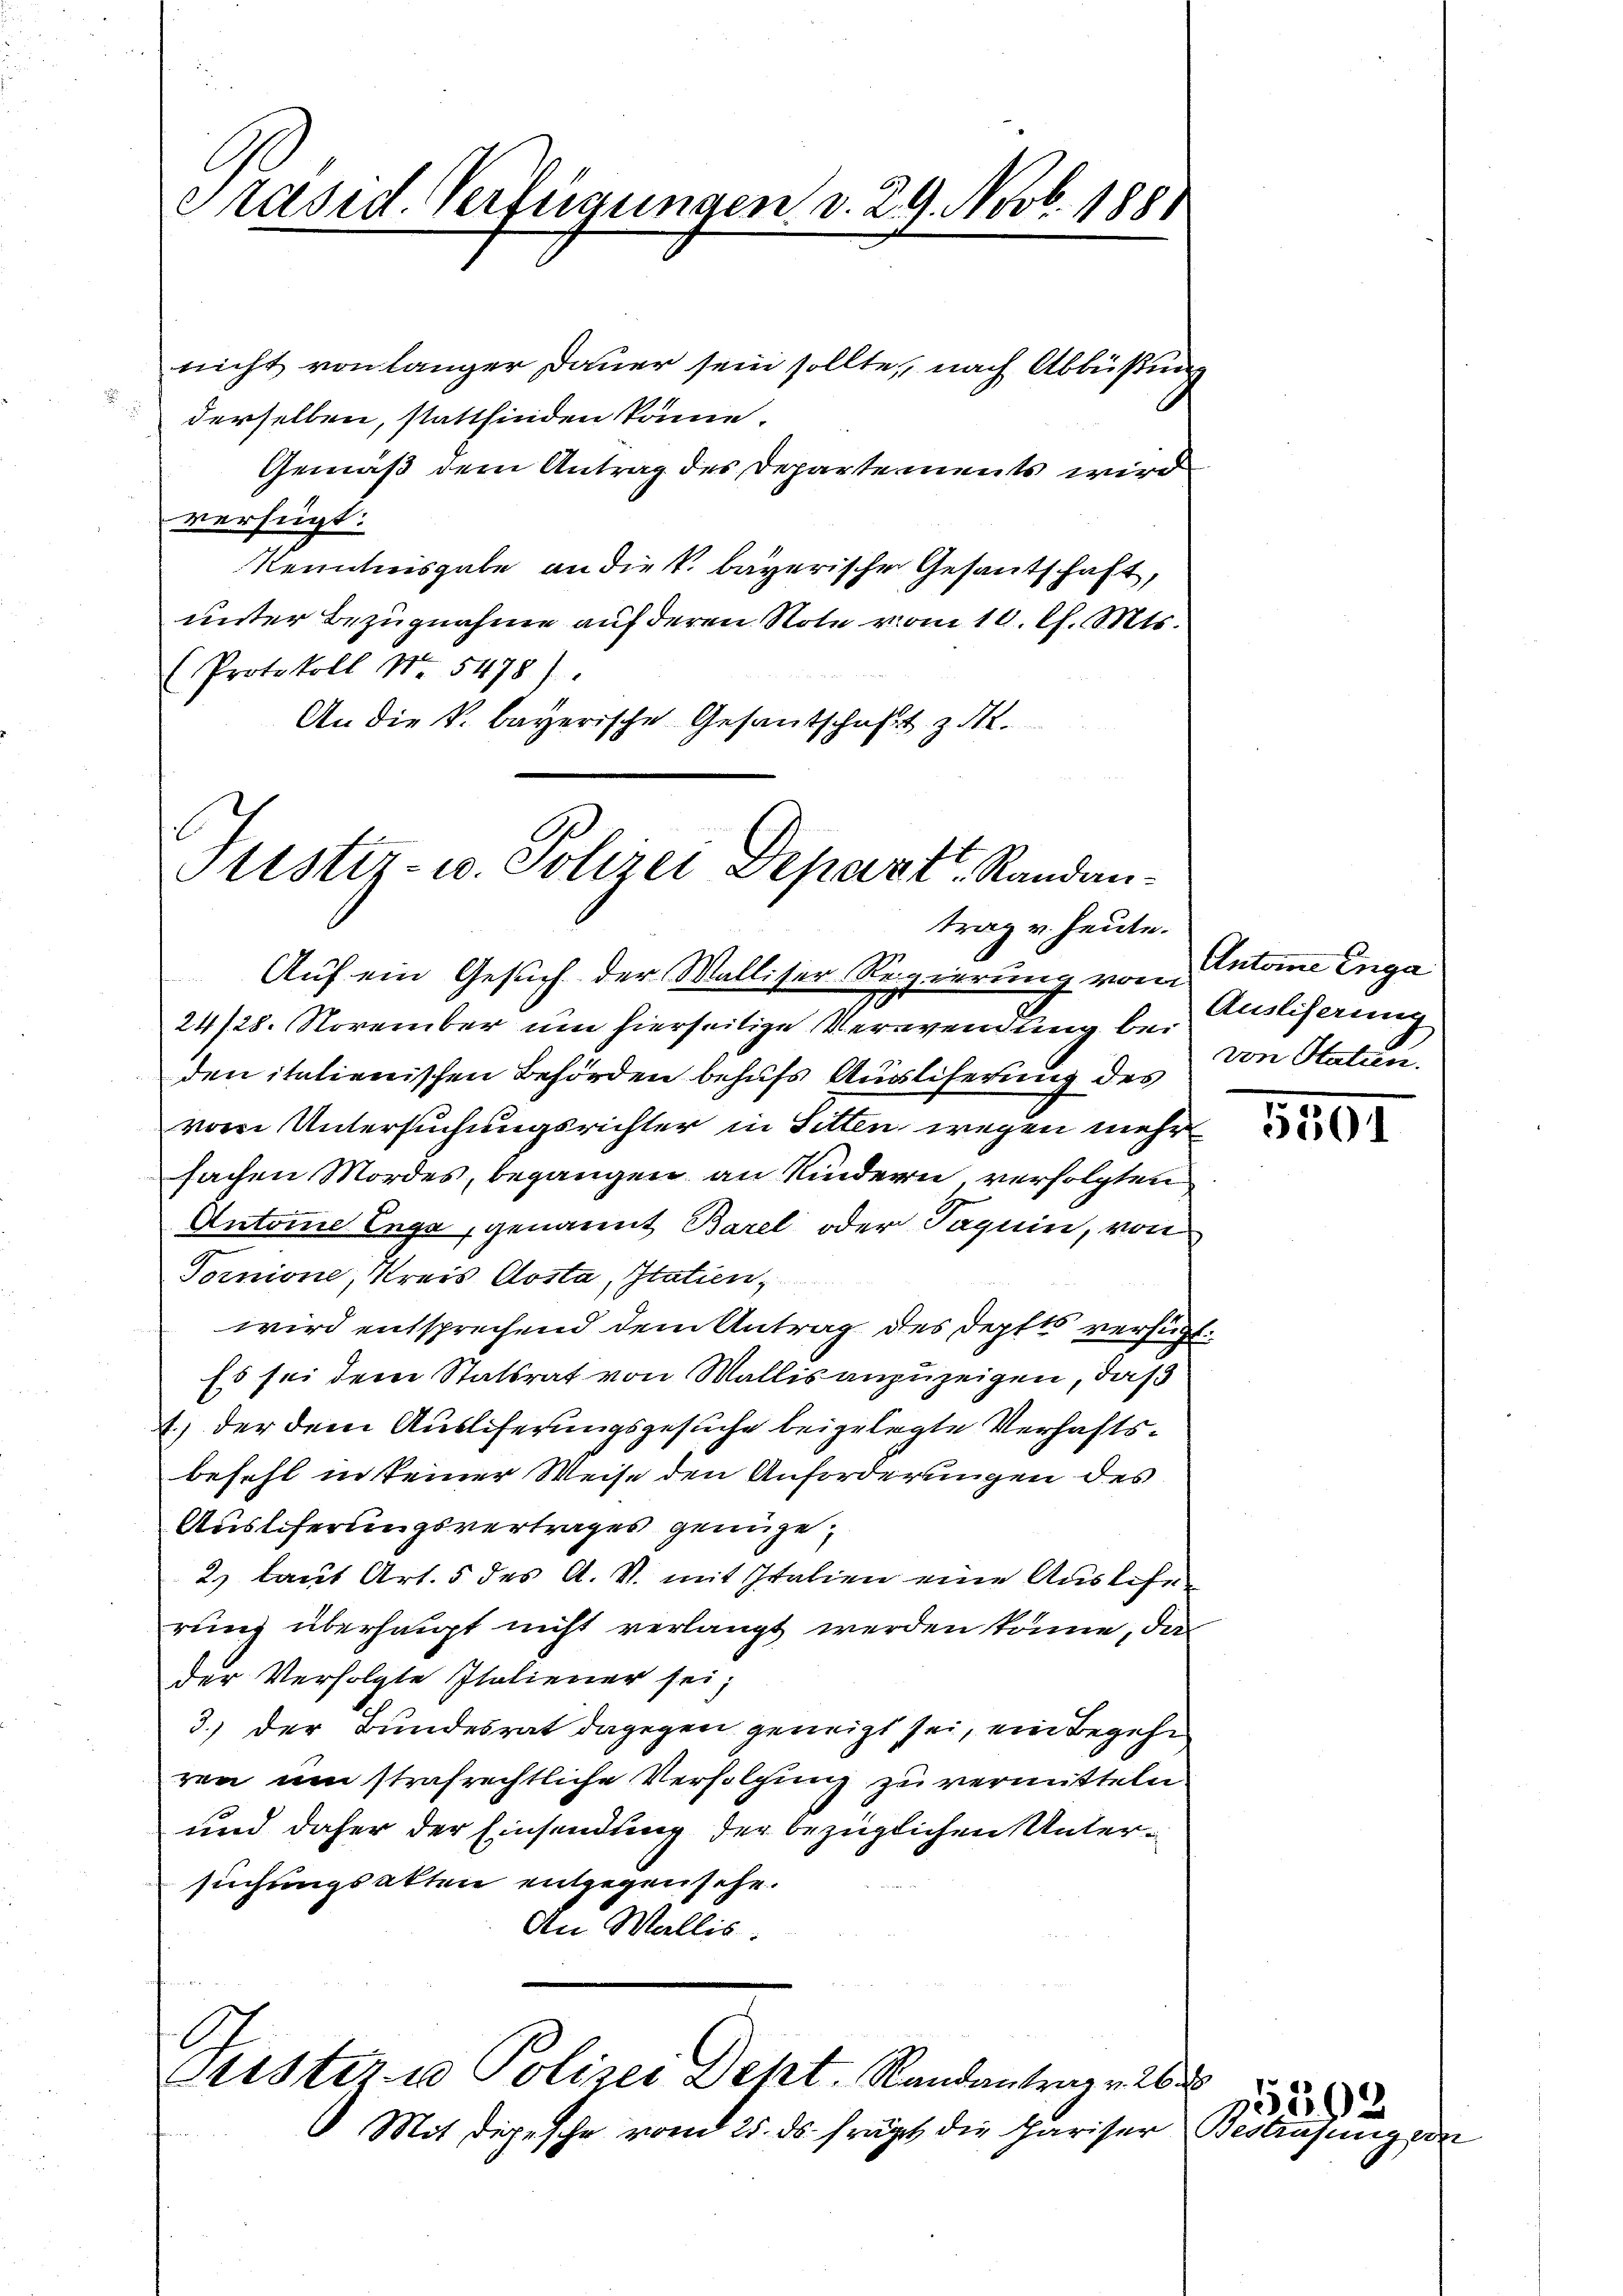
Präsid. Verfügungen v. 29. Novb. 1881

nicht von länger Dauer sein sollte, nach Abbüßung
derselben, stattfinden könne.
Gemäß dem Antrag des Departements wird
verfügt:
Kenntnisgabe an die k. bayerische Gesantschaft,
unter Bezugnahme auf deren Note vom 10. Ch. Mts.
Protokoll No 5478).
An die k. bayerische Gesantschaft z.

Sistiz- u. Polizei Depart. Randantrag u. heute.

Auf ein Gesuch der Malliser Regierung vom
24/28. November um hierseitige Verwendung bei
den italienischen Behörden behufs Auslieferung des
vom Untersuchungsrichter in Sitten wegen mehr
sachen Mordes, begangen an Kindern, verfolgten
Antone Enge, genannt Barel oder Taguin, von
Tornione, Kreis Costa, Itatien,
wird entsprechend dem Antrag des Deptts versucht.
Es sei dem Statsrat von Wallis anzuzeigen, daß
4) der dem Auslieferungsgesuche beigelegte Verhaftsbefehl in keiner Weise den Anforderungen des
Auslieferungsvertrages genüge,
2.) laut Art. 5 des A. V. mit Italien eine Ausleserung überhaupt nicht verlangt werden könne, da
der Verfolgte Italiener sei;
3.) der Bundesrat dagegen geneigt sei, ein Begehr
ren um strafrechtliche Verfolgung zu vermitteln
und daher der Einsendung der bezüglichen Untersuchungsakten entgegensehe.
An Wallis.
E
Stistiz u Polizei Deht. Randantrag v. 26 d
Mit Depesche vom 25. ds. frägt die Pariser Bestrafungs

Antone Enga
Auslieferung
von Statun

5501

8
02